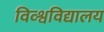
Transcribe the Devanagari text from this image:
विव्श्वविद्यालय